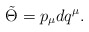
\begin{align*}\tilde \Theta = p_\mu dq^\mu.\end{align*}